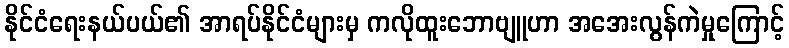
နိုင်ငံရေးနယ်ပယ်၏ အာရပ်နိုင်ငံများမှ ကလိုထူးဘောဗျူဟာ အအေးလွန်ကဲမှုကြောင့်